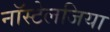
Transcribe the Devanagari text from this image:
नॉस्टेलजिया